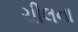
ચીલના